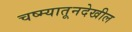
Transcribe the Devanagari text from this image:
चष्म्यातूनदेखील